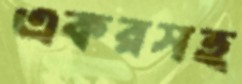
একরসহ